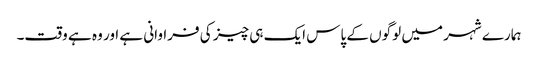
ہمارے شہر میں لوگوں کے پاس ایک ہی چیز کی فراوانی ہے اور وہ ہے وقت۔